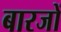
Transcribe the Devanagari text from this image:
बारजों